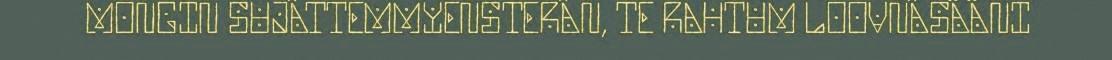
MONGIN SUJÂTTEMMYENSTERÂN, TE RAHTUM LOOVNÂSÄÄNI